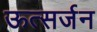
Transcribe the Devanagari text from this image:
ऊत्सर्जन